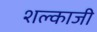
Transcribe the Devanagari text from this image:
शल्काजी